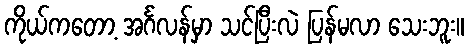
ကိုယ်ကတော့ အင်္ဂလန်မှာ သင်ပြီးလဲ ပြန်မလာ သေးဘူး။